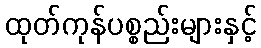
ထုတ်ကုန်ပစ္စည်းများနှင့်